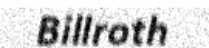
Billroth